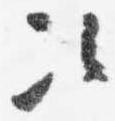
次